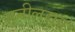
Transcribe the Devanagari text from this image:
सुनीलराव